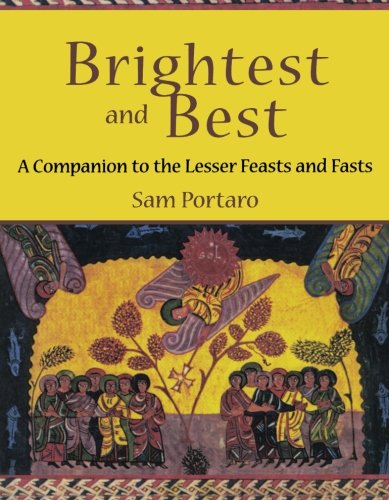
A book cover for Brightest and Best: A Companion to the Lesser Feasts and Fasts; Sam Portaro; Christian Books & Bibles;